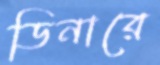
ডিনারে